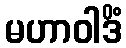
မဟာဝါဒိံ